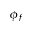
\phi _ { f }